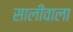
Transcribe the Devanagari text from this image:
सालीवाला